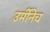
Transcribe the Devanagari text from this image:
उर्मीनेच